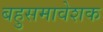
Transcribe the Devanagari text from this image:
बहुसमावेशक